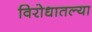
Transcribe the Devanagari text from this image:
विरोधातल्या